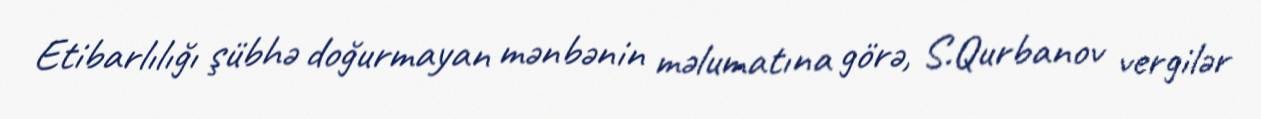
Etibarlılığı şübhə doğurmayan mənbənin məlumatına görə, S.Qurbanov vergilər